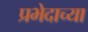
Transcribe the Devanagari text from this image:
प्रभेदाच्या